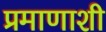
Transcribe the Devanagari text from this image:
प्रमाणाशी